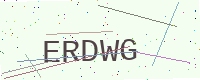
Text: ERDWG